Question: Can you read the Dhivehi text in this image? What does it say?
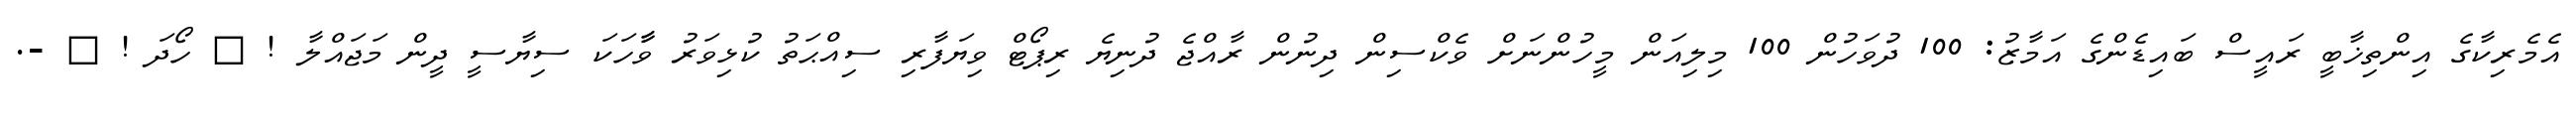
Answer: އެމެރިކާގެ އިންތިޚާބީ ރައީސް ބައިޑެންގެ އަމާޒު: 100 ދުވަހުން 100 މިލިއަން މީހުންނަށް ވެކްސިން ދިނުން ރާއްޖެ ދުނިޔެ ރިޕޯޓް ވިޔަފާރި ސިއްޙަތު ކުޅިވަރު ވާާހަކަ ސިޔާސީ ދީން މަޖައްލާ ! ? ހޯދަ ! ? -.